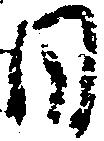
目